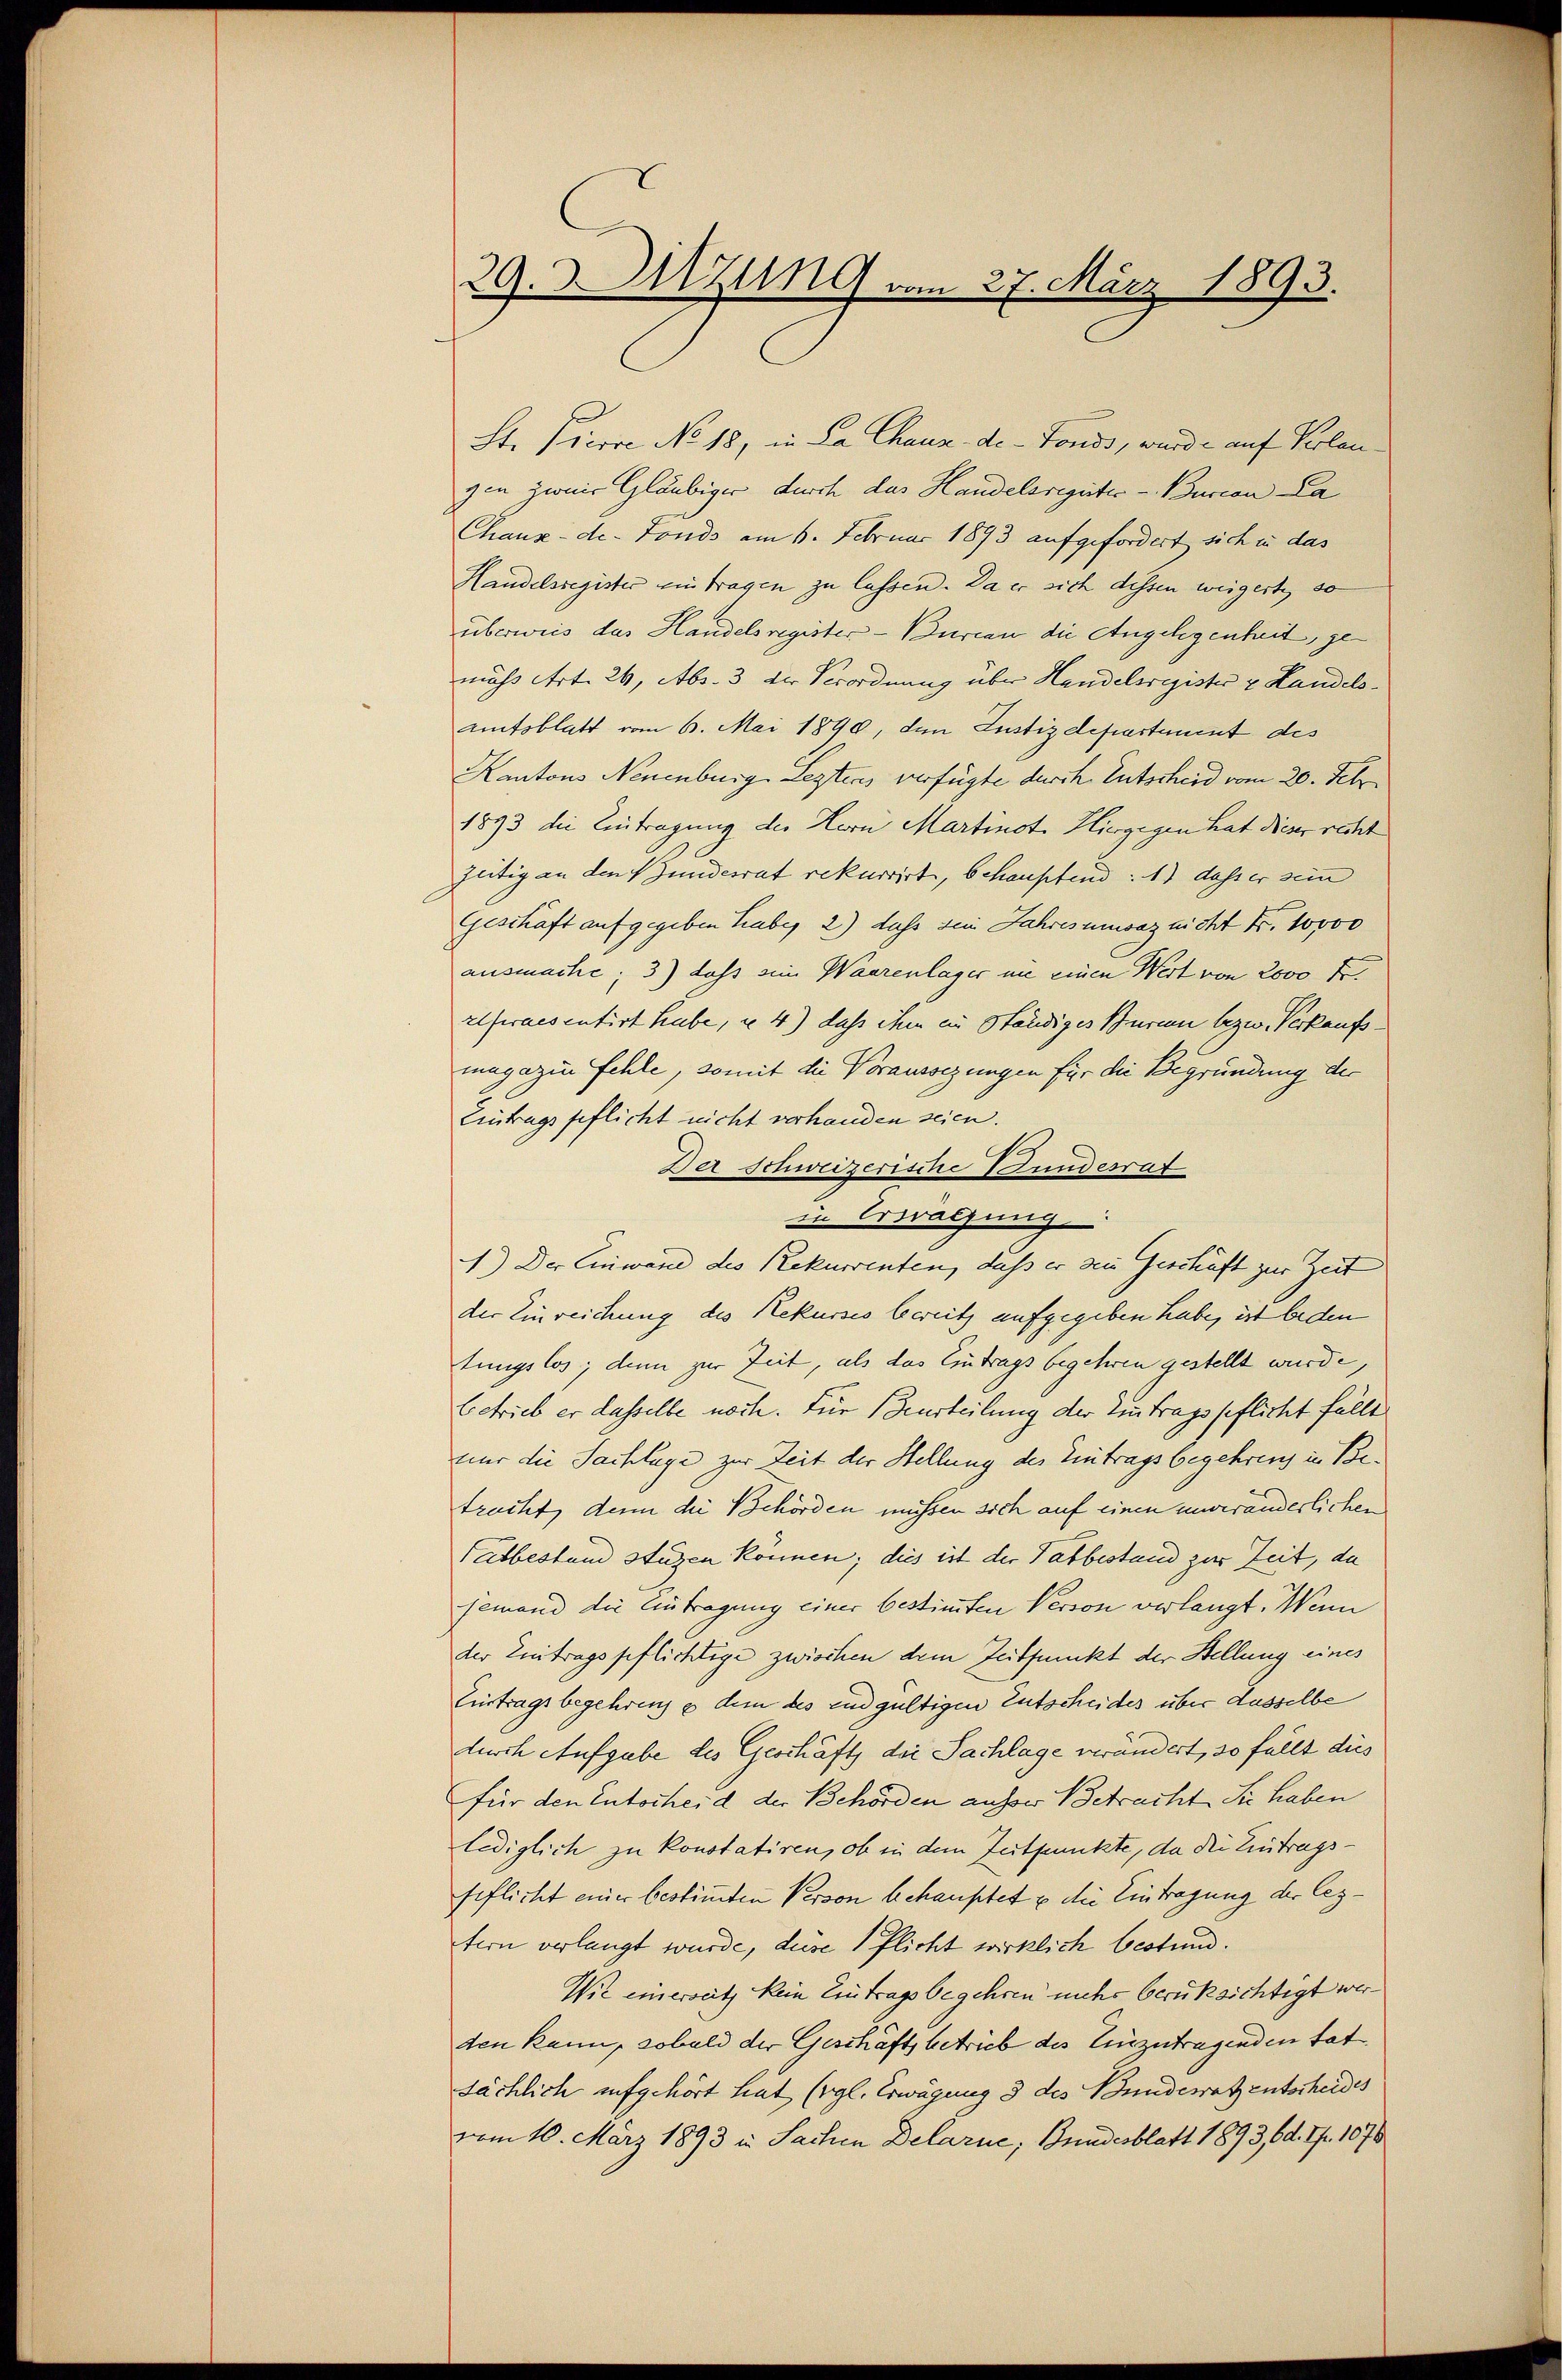
29. Jung vom 27. März 1893.

St. Pierre No 18, in La Chaux-de-Fonds, wird - auf Kolonzen zwair Gläubiger durch das Handelsregister-Buccon La
Chaux-de-Fonds am 6. Februar 1893 aufgefordert sich in das
Handelsregister ein tragen zu lassen. Da er sich dessen weigerte, so
überweis das Handelsregister-Bureau die Angelegenheit, gemäss Art. 26, Abs. 3 der Verordnung über Handelsregister & Landelsamtsblatt vom 6. Mai 1890, den Justizdepartement des
Kantons Neuenburg Leztens verfügte durch Entscheid vom 20. Febr.
1893 die Eintragung des Herr Martinot. Hiergegen hat dieser recht
zeitig an den Wundesrat rekurrirt, behauptend: 1) dass er sein
Geschaft aufgegeben haber 2) dass sie Jahres unwaz nicht d. 10000
ausmache; 3) dass eine Waarenlager in einen Wert von 2000 Fr.
elpraesentirt habe, u. 4) daß ihm in Ständiges Buri bezw. Verkaufsmagazin fehle, somit die Voraussezungen für die Begründung der
Eintragspflicht nicht verhanden seien.
Der Schweizerische Bundesrat
in Erwachung
1.) Der Einwand des Rekurrenten, daß er zu Geschäft zur Zeit
der Einreichung des Rekurses bereitz aufgegeben habe, ist beden
tungslos; denn zur Zeit, als das Eintrags begehren gestellt wurde,
betrieb er dasselbe noch. Für Beurteilung der Eintragspflicht fällt
nur die Sachlage zur Zeit der Stellung des Eintragsbegehrens in Betracht, denn die Behörden müssen sich auf einen unveränderlichen
Tatbesten stützen können; dies ist der Tatbestand zur Zeit, da
jemand die Eintragung einer bestimmten Verson verlangt. Wenn
der Eintragspflichtige zwischen dem Zeitpunkt der Stellung eines
Eintragsbegehren, es dem des endgültigen Entscheides über dasselbe
durch Aufgabe des Geschäft die Sachlage verändert, so fällt dies
für den Entscheid der Behörden ausser Betracht Sie haben
lediglich zu konstatiren, ob in dem Zeitpunkte, da die Eintragsfeflicht einer bestimmten Verson behauptet u die Eintragung der leztern verlangt wurde, dese flicht wirklich bestund.
Wie einerseits kein Eintragsbegehren mehr berüksichtigt werden kann, sobald der Geschäft betrieb des Einzutragenden tat
sächlich aufgehört hat (vgl. Erwägung 3 des Bundesratz entscheides
vom 10. März 1893 in Sachen Delarne, Bundesblatt 1893, d. 7. 1876